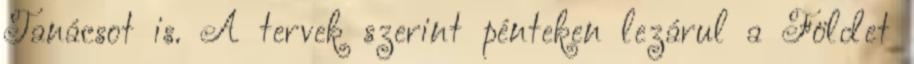
Tanácsot is. A tervek szerint pénteken lezárul a Földet